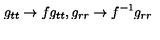
g _ { t t } \rightarrow f g _ { t t } , g _ { r r } \rightarrow f ^ { - 1 } g _ { r r }